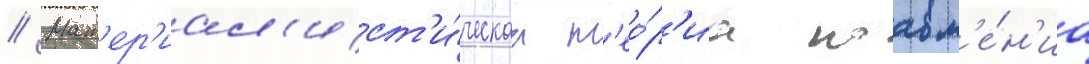
// Мат'ер'иал'ист'и́ческаа т'ео́р'иа поавл'е́н'иа